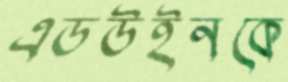
এডউইনকে